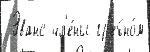
 Эванс чл'е́ны гр'ебно́м